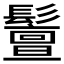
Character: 𩯤